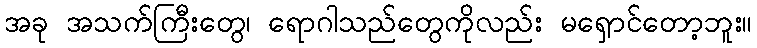
အခု အသက်ကြီးတွေ၊ ရောဂါသည်တွေကိုလည်း မရှောင်တော့ဘူး။